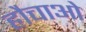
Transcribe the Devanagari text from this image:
हौचाओ